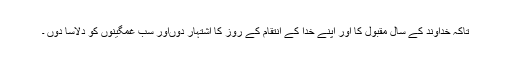
تاکہ خداوند کے سالِ مقبول کا اور اپنے خدا کے انتقام کے روز کا اشتہار دوںاور سب غمگینوں کو دلاسا دوں ۔